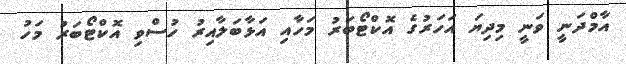
އާމްދަނީ ވަނީ މިދިޔަ އަހަރުގެ އޮކްޓޯބަރު މަހާއި އަޅާބަލާއިރު ހުސްވި އޮކްޓޯބަރު މަހު